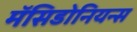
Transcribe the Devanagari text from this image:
मॅसिडोनियन्स